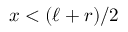
x < ( \ell + r ) / 2